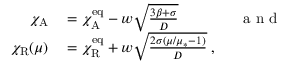
\begin{array} { r l } { \chi _ { \mathrm { A } } } & { { } = \chi _ { \mathrm { A } } ^ { \mathrm { e q } } - w \sqrt { \frac { 3 \beta + \sigma } { D } } \qquad \qquad \mathrm { ~ a ~ n ~ d ~ } } \\ { \chi _ { \mathrm { R } } ( \mu ) } & { { } = \chi _ { \mathrm { R } } ^ { \mathrm { e q } } + w \sqrt { \frac { 2 \sigma ( \mu / \mu _ { * } - 1 ) } { D } } \; , } \end{array}